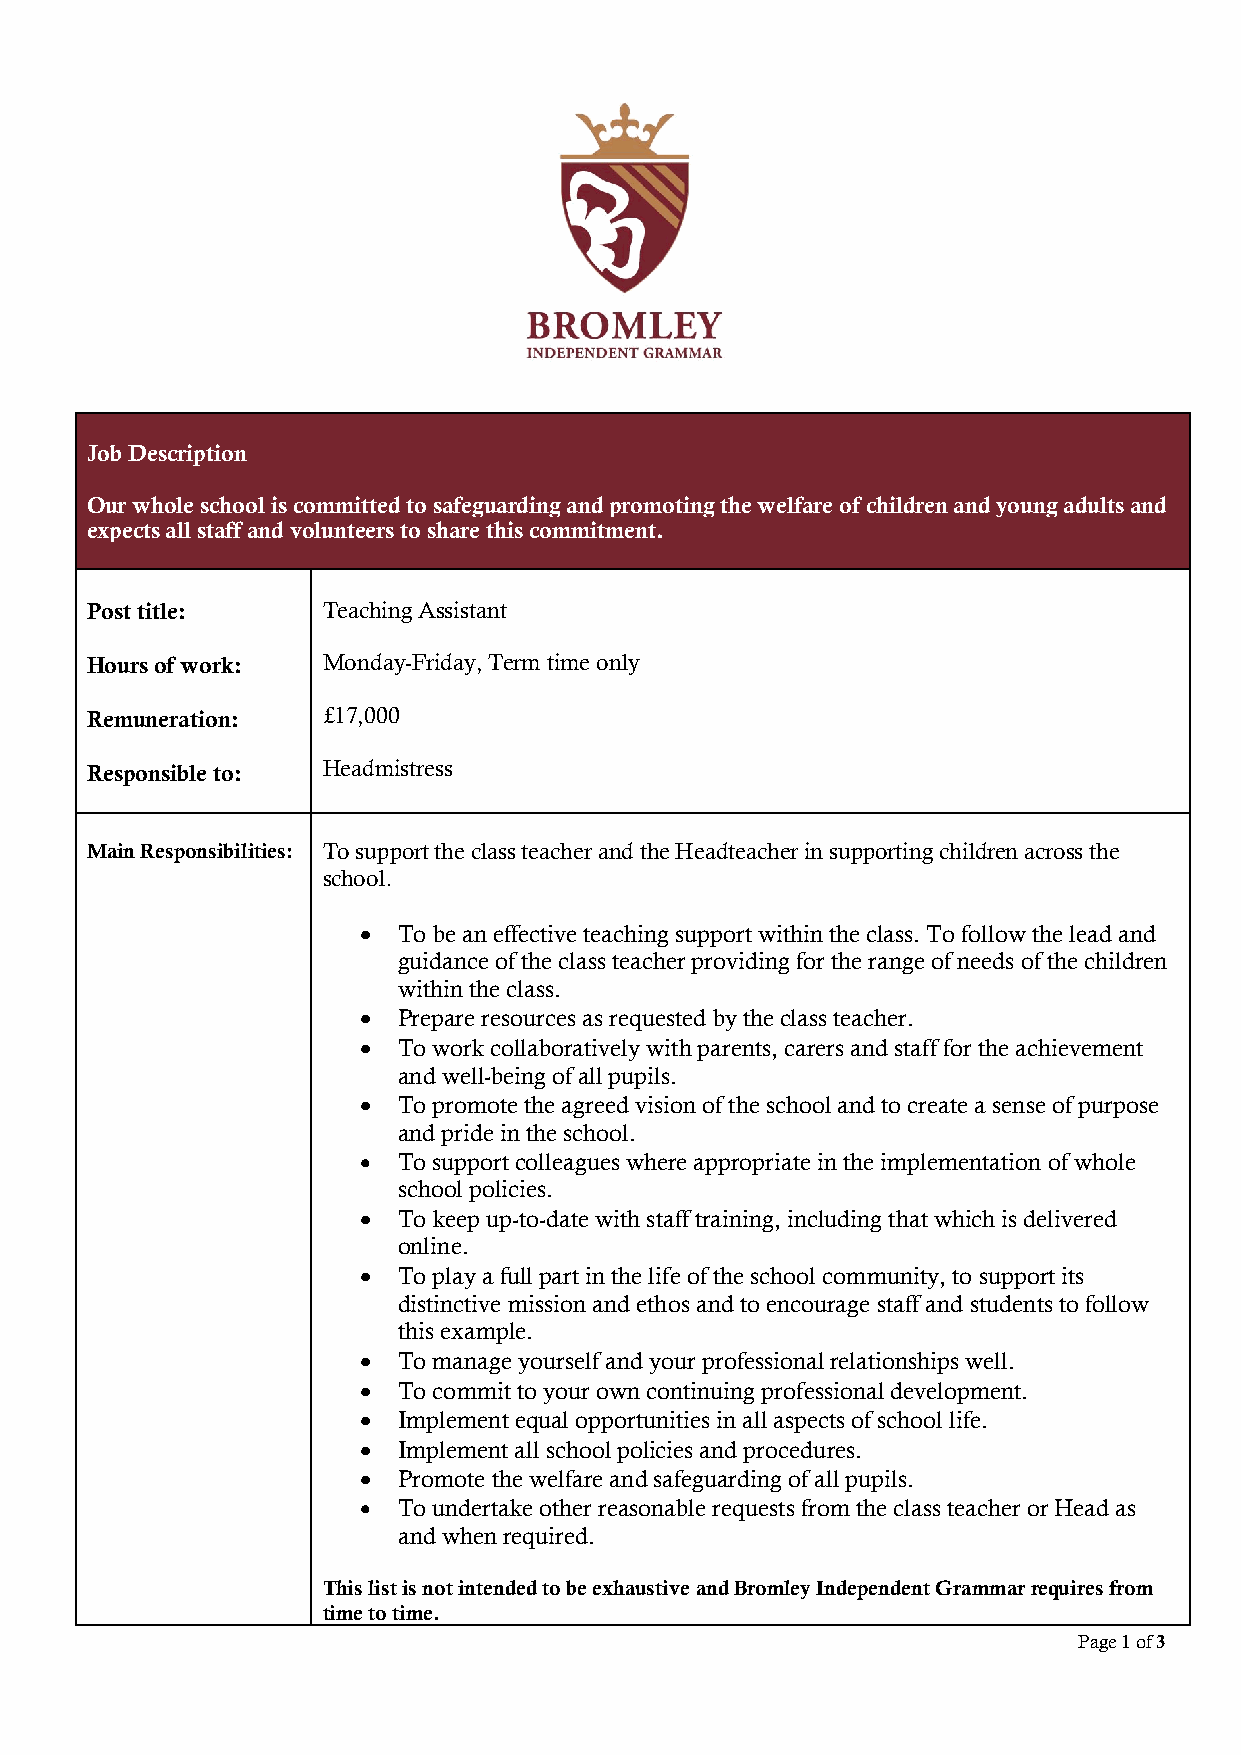
Job Description
 Our whole school is committed to safeguarding and promoting the welfare of children and young adults and
 expects all staff and volunteers to share this commitment.
 Post title:    Teaching Assistant
 Hours of work: Monday-Friday, Term time only
 Remuneration:  £17,000
 Responsible to: Headmistress
 Main Responsibilities: To support the class teacher and the Headteacher in supporting children across the
 school.
 • To be an effective teaching support within the class. To follow the lead and
 guidance of the class teacher providing for the range of needs of the children
 within the class.
 • Prepare resources as requested by the class teacher.
 • To work collaboratively with parents, carers and staff for the achievement
 and well-being of all pupils.
 • To promote the agreed vision of the school and to create a sense of purpose
 and pride in the school.
 • To support colleagues where appropriate in the implementation of whole
 school policies.
 • To keep up-to-date with staff training, including that which is delivered
 online.
 • To play a full part in the life of the school community, to support its
 distinctive mission and ethos and to encourage staff and students to follow
 this example.
 • To manage yourself and your professional relationships well.
 • To commit to your own continuing professional development.
 • Implement equal opportunities in all aspects of school life.
 • Implement all school policies and procedures.
 • Promote the welfare and safeguarding of all pupils.
 • To undertake other reasonable requests from the class teacher or Head as
 and when required.
 This list is not intended to be exhaustive and Bromley Independent Grammar requires from
 time to time.
 Page 1 of 3